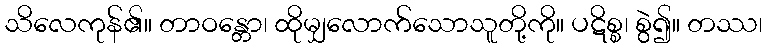
သိလေကုန်၏။ တာဝန္တော၊ ထိုမျှလောက်သောသူတို့ကို။ ပဋိစ္စ၊ စွဲ၍။ တဿ၊